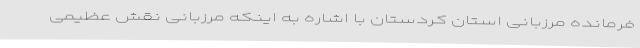
فرمانده مرزبانی استان کردستان با اشاره به اینکه مرزبانی نقش عظیمی